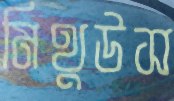
মিথুউস